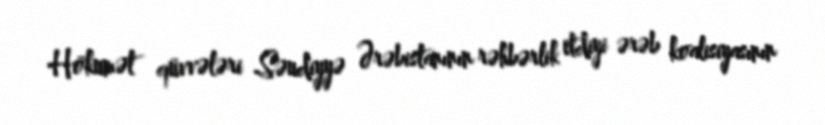
Hökumət qüvvələri Səudiyyə Ərəbistanının rəhbərlik etdiyi ərəb koalisiyasının